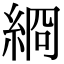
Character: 綗